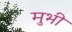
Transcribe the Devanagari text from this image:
मुभी